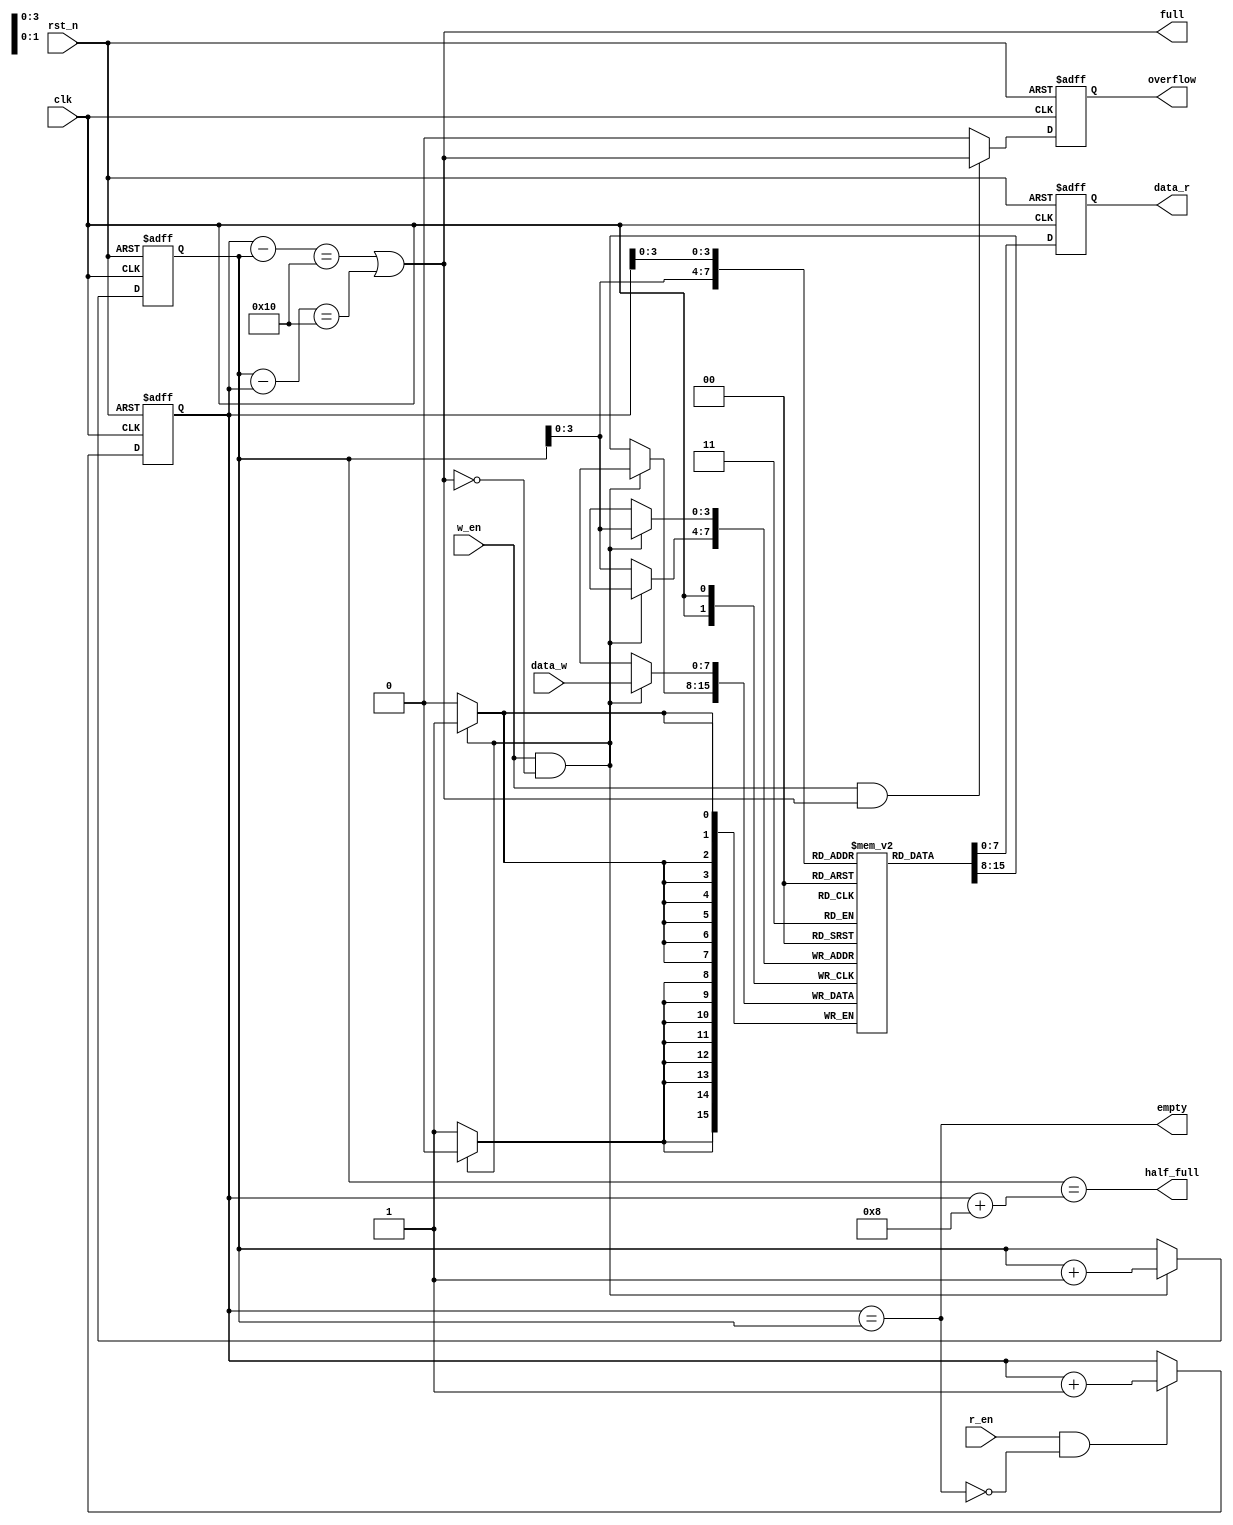
module fifo(clk,rst_n,w_en,data_w,r_en,data_r,full,empty,half_full,overflow);
    input   clk;
    input   rst_n;
    input   w_en;
    input   r_en;
    input   [7:0] data_w;
    
    output   full;
    output   empty;
    output   half_full;
    output   overflow;
    output   [7:0]   data_r;
    
    reg  [4:0] wr_ptr;
    reg  [4:0] rd_ptr;
    reg        overflow;
    reg   [7:0]   data_r;
    wire  [7:0]   data_in;

    reg [7:0] fifo_mem [0:15];

always @(posedge clk)
    if(w_en&&(!full))
       fifo_mem[wr_ptr[3:0]]<=data_w;
    else
       fifo_mem[wr_ptr[3:0]]<=fifo_mem[wr_ptr[3:0]];
   

always @(posedge clk or negedge rst_n)
    if(!rst_n)
       data_r<=8'b0;
    else 
       data_r<=fifo_mem[rd_ptr[3:0]];

always @(posedge clk or negedge rst_n)
    if(!rst_n)
       wr_ptr<=5'b0;
    else if(w_en&&(!full))
       wr_ptr<=wr_ptr+1'b1;
   
always @(posedge clk or negedge rst_n)
    if(!rst_n)
       rd_ptr<=5'b0;
    else if(r_en&&(!empty))
       rd_ptr<=rd_ptr+1'b1;

assign  full = (rd_ptr[4:0]-wr_ptr[4:0]==5'b10000) || (wr_ptr[4:0]-rd_ptr[4:0]==5'b10000) ;
assign  empty = (rd_ptr[4:0]==wr_ptr[4:0]);
assign  half_full = (wr_ptr[4:0]==rd_ptr[4:0]+4'b1000);

always @(posedge clk or negedge rst_n)
    if(!rst_n)
       overflow <= 1'b0;
    else if(w_en && full)
       overflow <= full;
    else  
       overflow <= 1'b0;

endmodule